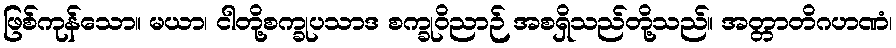
ဖြစ်ကုန်သော။ မယာ၊ ငါတို့စက္ခုပသာဒ စက္ခုဝိညာဉ် အစရှိသည်တို့သည်။ အတ္တာတိဂဟဏံ၊